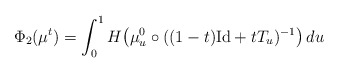
\begin{align*}\Phi_2(\mu^t) = \int_0^1 H\big(\mu^0_u \circ ((1-t)\mathrm{Id} + tT_u)^{-1} \big)\,du\end{align*}